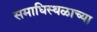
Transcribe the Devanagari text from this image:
समाधिस्थळाच्या